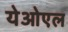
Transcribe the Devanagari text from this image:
येओएल